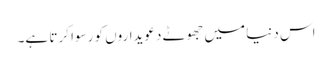
اس دنیا میں جھوٹے دعویداروں کو رسوا کرتا ہے۔